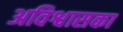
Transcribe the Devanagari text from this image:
अविश्वासका